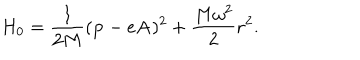
H _ { 0 } = \frac { 1 } { 2 M } ( { \bf p } - e { \bf A } ) ^ { 2 } + \frac { M \omega ^ { 2 } } { 2 } { \bf r } ^ { 2 } .